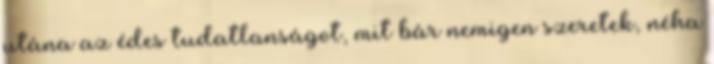
utána az édes tudatlanságot, mit bár nemigen szeretek, néha